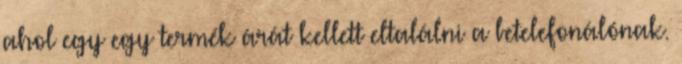
ahol egy egy termék árát kellett eltalálni a betelefonálónak.